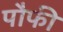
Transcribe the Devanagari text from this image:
पौफी